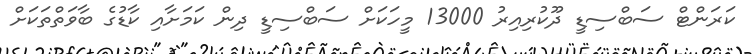
ކަރަންޓް ސަބްސިޑީ ދޫކުރިއިރު 13000 މީހަކަށް ސަބްސިޑީ ދިން ކަމަށާއި ކާޑުގެ ބާވަތްތަކަށް